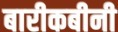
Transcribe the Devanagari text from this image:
बारीकबीनी